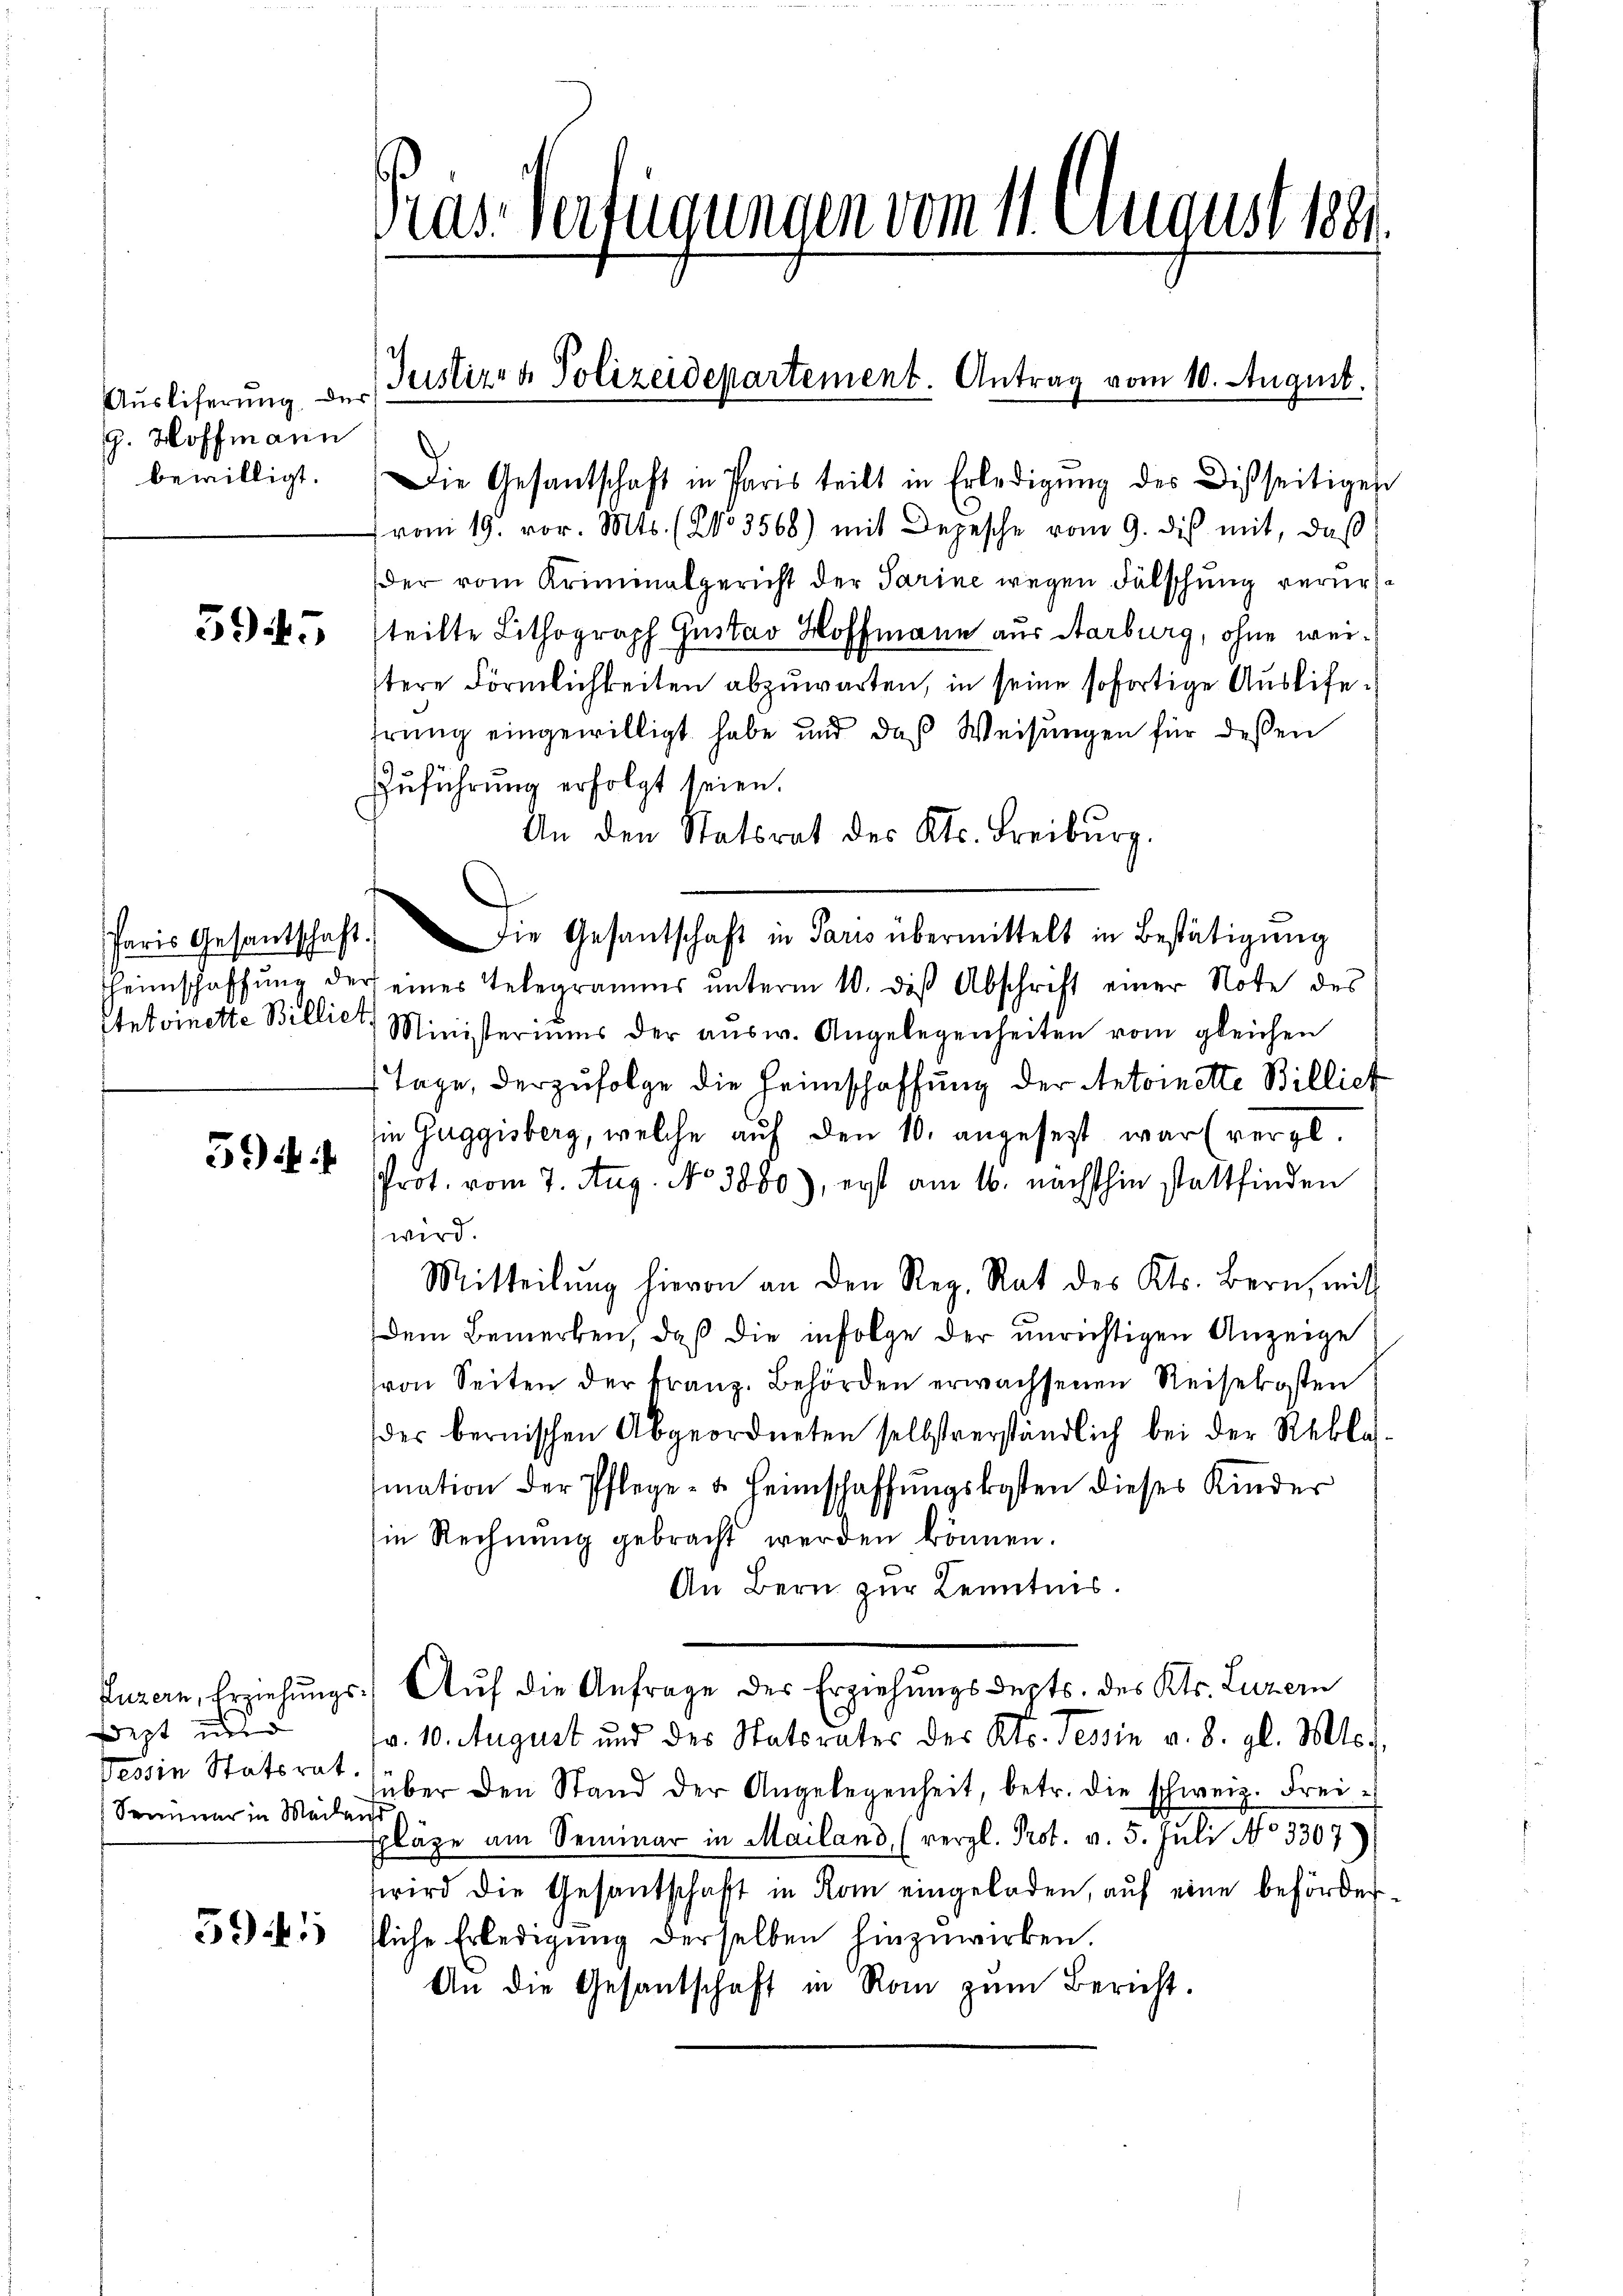
Auslieferung der
g. Hoffmann
bewilligt.

3) i

dest und
Tessin Statsrat.
Seminer in Meilend

Die Gesantschaft in Paris teilt in Erledigŭng des Disseitigen
(vom 19. vor. Mts. (Ko 3568) mit Depesche vom 9. dis mit, daß
der vom Kriminalgericht der Parine wegen Fälschung verur¬
3. steilte Lithograph Gustav Hoffmann aus Aarburg, ohne weitere Förmlichkeiten abzuwarten, in seine sofortige Ausliefehrung eingewilligt habe und daß Weisungen für dessen
Zuführung erfolgt seien.
An den Statsrat des Kts. Freiburg.
Paris Gesantschaft. Die Gesantschaft in Paris übermittelt in Bestätigung
heimschaffŭng der eines Telegramms ŭnterm 10. diß Abschrift einer Note des
Antoinette Billiet, Ministeriums der aŭsw. Angelegenheiten vom gleichen
1 Tage, der zufolge die Heimschaffung der Antoinette Billich
in Guggisberg, welche auf den 10. angesezt war (vergl.
Prot. vom 7. Aug. No 3880), erst am 16. nächsthin stattfinden
wird.
Mitteilŭng hievon an den Reg. Rat des Kts. Bern, mit
dem Bemerken, daß die infolge der unrichtigen Anzeige
von Seiten der kranz. Behörden erwachsenen Reisekosten
der bernischen Abgeordneten selbstverständlich bei der Reblas-
mation der Pflege- u. Heimschaffŭngskosten dieses Kinder
in Rechnŭng gebracht werden können.
An Bern zur Kenntnis.
Puzern, Erziehungs Aŭf die Anfrage des Erziehungsdepts. des Kts. Luzern
fr. 10. August und des Statsrates des Kts. Tessin v. 8. gl. Mts.,
über den Stand der Angelegenheit, betr. die schweiz. Freipläge am Seminar in Mailand (vergl. Prot. v. 5. Juli No 3307.)
wird die Gesandschaft in Rom eingeladen, auf eine beförder
35) 5 fliche Erledigung derselben hinzuwirken.
An die Gesantschaft in Rom zŭm Bericht.

das Verfügungen vom 11. einaust 1881.

Justiz- & Polizeidepartement. Antrag vom 10. August.